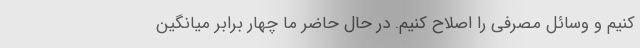
کنیم و وسائل مصرفی را اصلاح کنیم. در حال حاضر ما چهار برابر میانگین